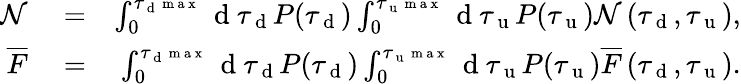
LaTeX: \begin{array}{rlr}{\mathcal{N}}&{{}=}&{\int_{0}^{\tau_{\mathrm{~d~}^{\mathrm{~m~a~x~}}}}\mathrm{~d~}\tau_{\mathrm{~d~}}P(\tau_{\mathrm{~d~}})\int_{0}^{\tau_{\mathrm{~u~}^{\mathrm{~m~a~x~}}}}\mathrm{~d~}\tau_{\mathrm{~u~}}P(\tau_{\mathrm{~u~}})\mathcal{N}\left(\tau_{\mathrm{~d~}},\tau_{\mathrm{~u~}}\right),}\\ {\overline{{F}}}&{{}=}&{\int_{0}^{\tau_{\mathrm{~d~}^{\mathrm{~m~a~x~}}}}\mathrm{~d~}\tau_{\mathrm{~d~}}P(\tau_{\mathrm{~d~}})\int_{0}^{\tau_{\mathrm{~u~}^{\mathrm{~m~a~x~}}}}\mathrm{~d~}\tau_{\mathrm{~u~}}P(\tau_{\mathrm{~u~}})\overline{{F}}\left(\tau_{\mathrm{~d~}},\tau_{\mathrm{~u~}}\right).}\end{array}